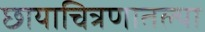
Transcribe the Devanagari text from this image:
छायाचित्रणातल्या